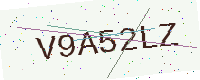
Text: V9A52LZ